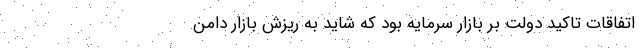
اتفاقات تاکید دولت بر بازار سرمایه بود که شاید به ریزش بازار دامن